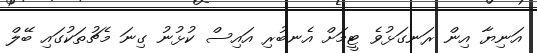
އަނިޔާ އިން ރަނގަޅުވެ ޓީމަށް އެނބުރި އައިސް ކުޅުނު ގިނަ މެޗުތަކުގައި ބޭލް